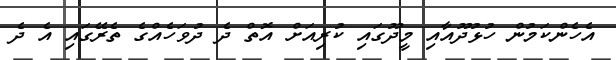
އެހެންކަމުން ހުޅުދޫއާއި މީދޫގައި ކުރިއަށް އޮތް ދެ ދުވަހެއްގެ ތެރޭގައި އެ ދެ